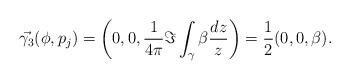
LaTeX: \begin{align*} \vec{\gamma_3}(\phi,p_j)= \left(0,0,\frac{1}{4\pi}\Im\int_{\gamma}\beta\frac{dz}{z}\right)=\frac{1}{2}(0,0,\beta). \end{align*}